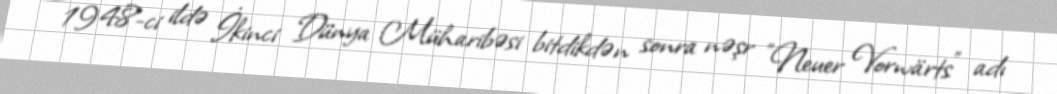
1948-ci ildə İkinci Dünya Müharibəsi bitdikdən sonra nəşr "Neuer Vorwärts" adı